Annual administration report of the Civil Veterinary Department, Ajmere-Merwara, British Rajputana - 1914-1940
Year: 1914
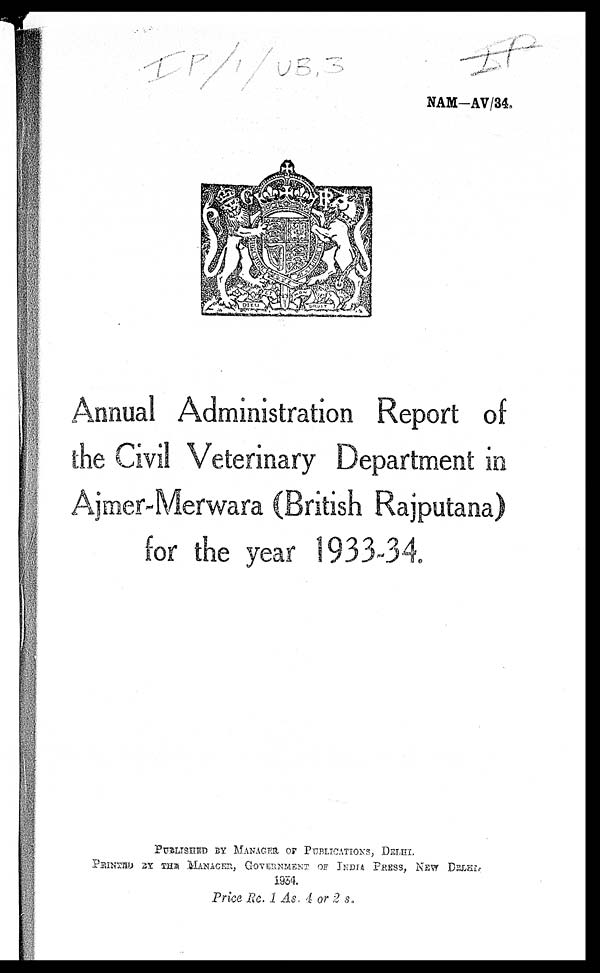
NAM—AV/34.
Annual Administration Report of
the Civil Veterinary Department in
Ajmer-Merwara (British Rajputana)
for the year 1933-34.
PUBLISHED BY MANAGER OF PUBLICATIONS, DELHI.
PRINTED BY THE MANAGER, GOVERNMENT OF INDIA PRESS, NEW DELHI.
1934.
Price Re. 1 As. 4 or 2 s.